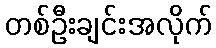
တစ်ဦးချင်းအလိုက်